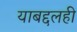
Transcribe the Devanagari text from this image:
याबद्दलही